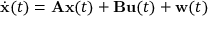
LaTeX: { \dot { \mathbf { x } } } ( t ) = \mathbf { A } \mathbf { x } ( t ) + \mathbf { B } \mathbf { u } ( t ) + \mathbf { w } ( t )